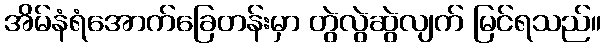
အိမ်နံရံအောက်ခြေတန်းမှာ တွဲလွဲဆွဲလျက် မြင်ရသည်။